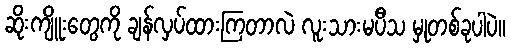
ဆိုးကျိူးတွေကို ချန်လှပ်ထားကြတာလဲ လူးသားမပီသ မှုတစ်ခုပါပဲ။